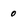
Character: 0